65_HS1-834228961_62-HQ-83894_Serial_164
Agency: FBI
Page 70
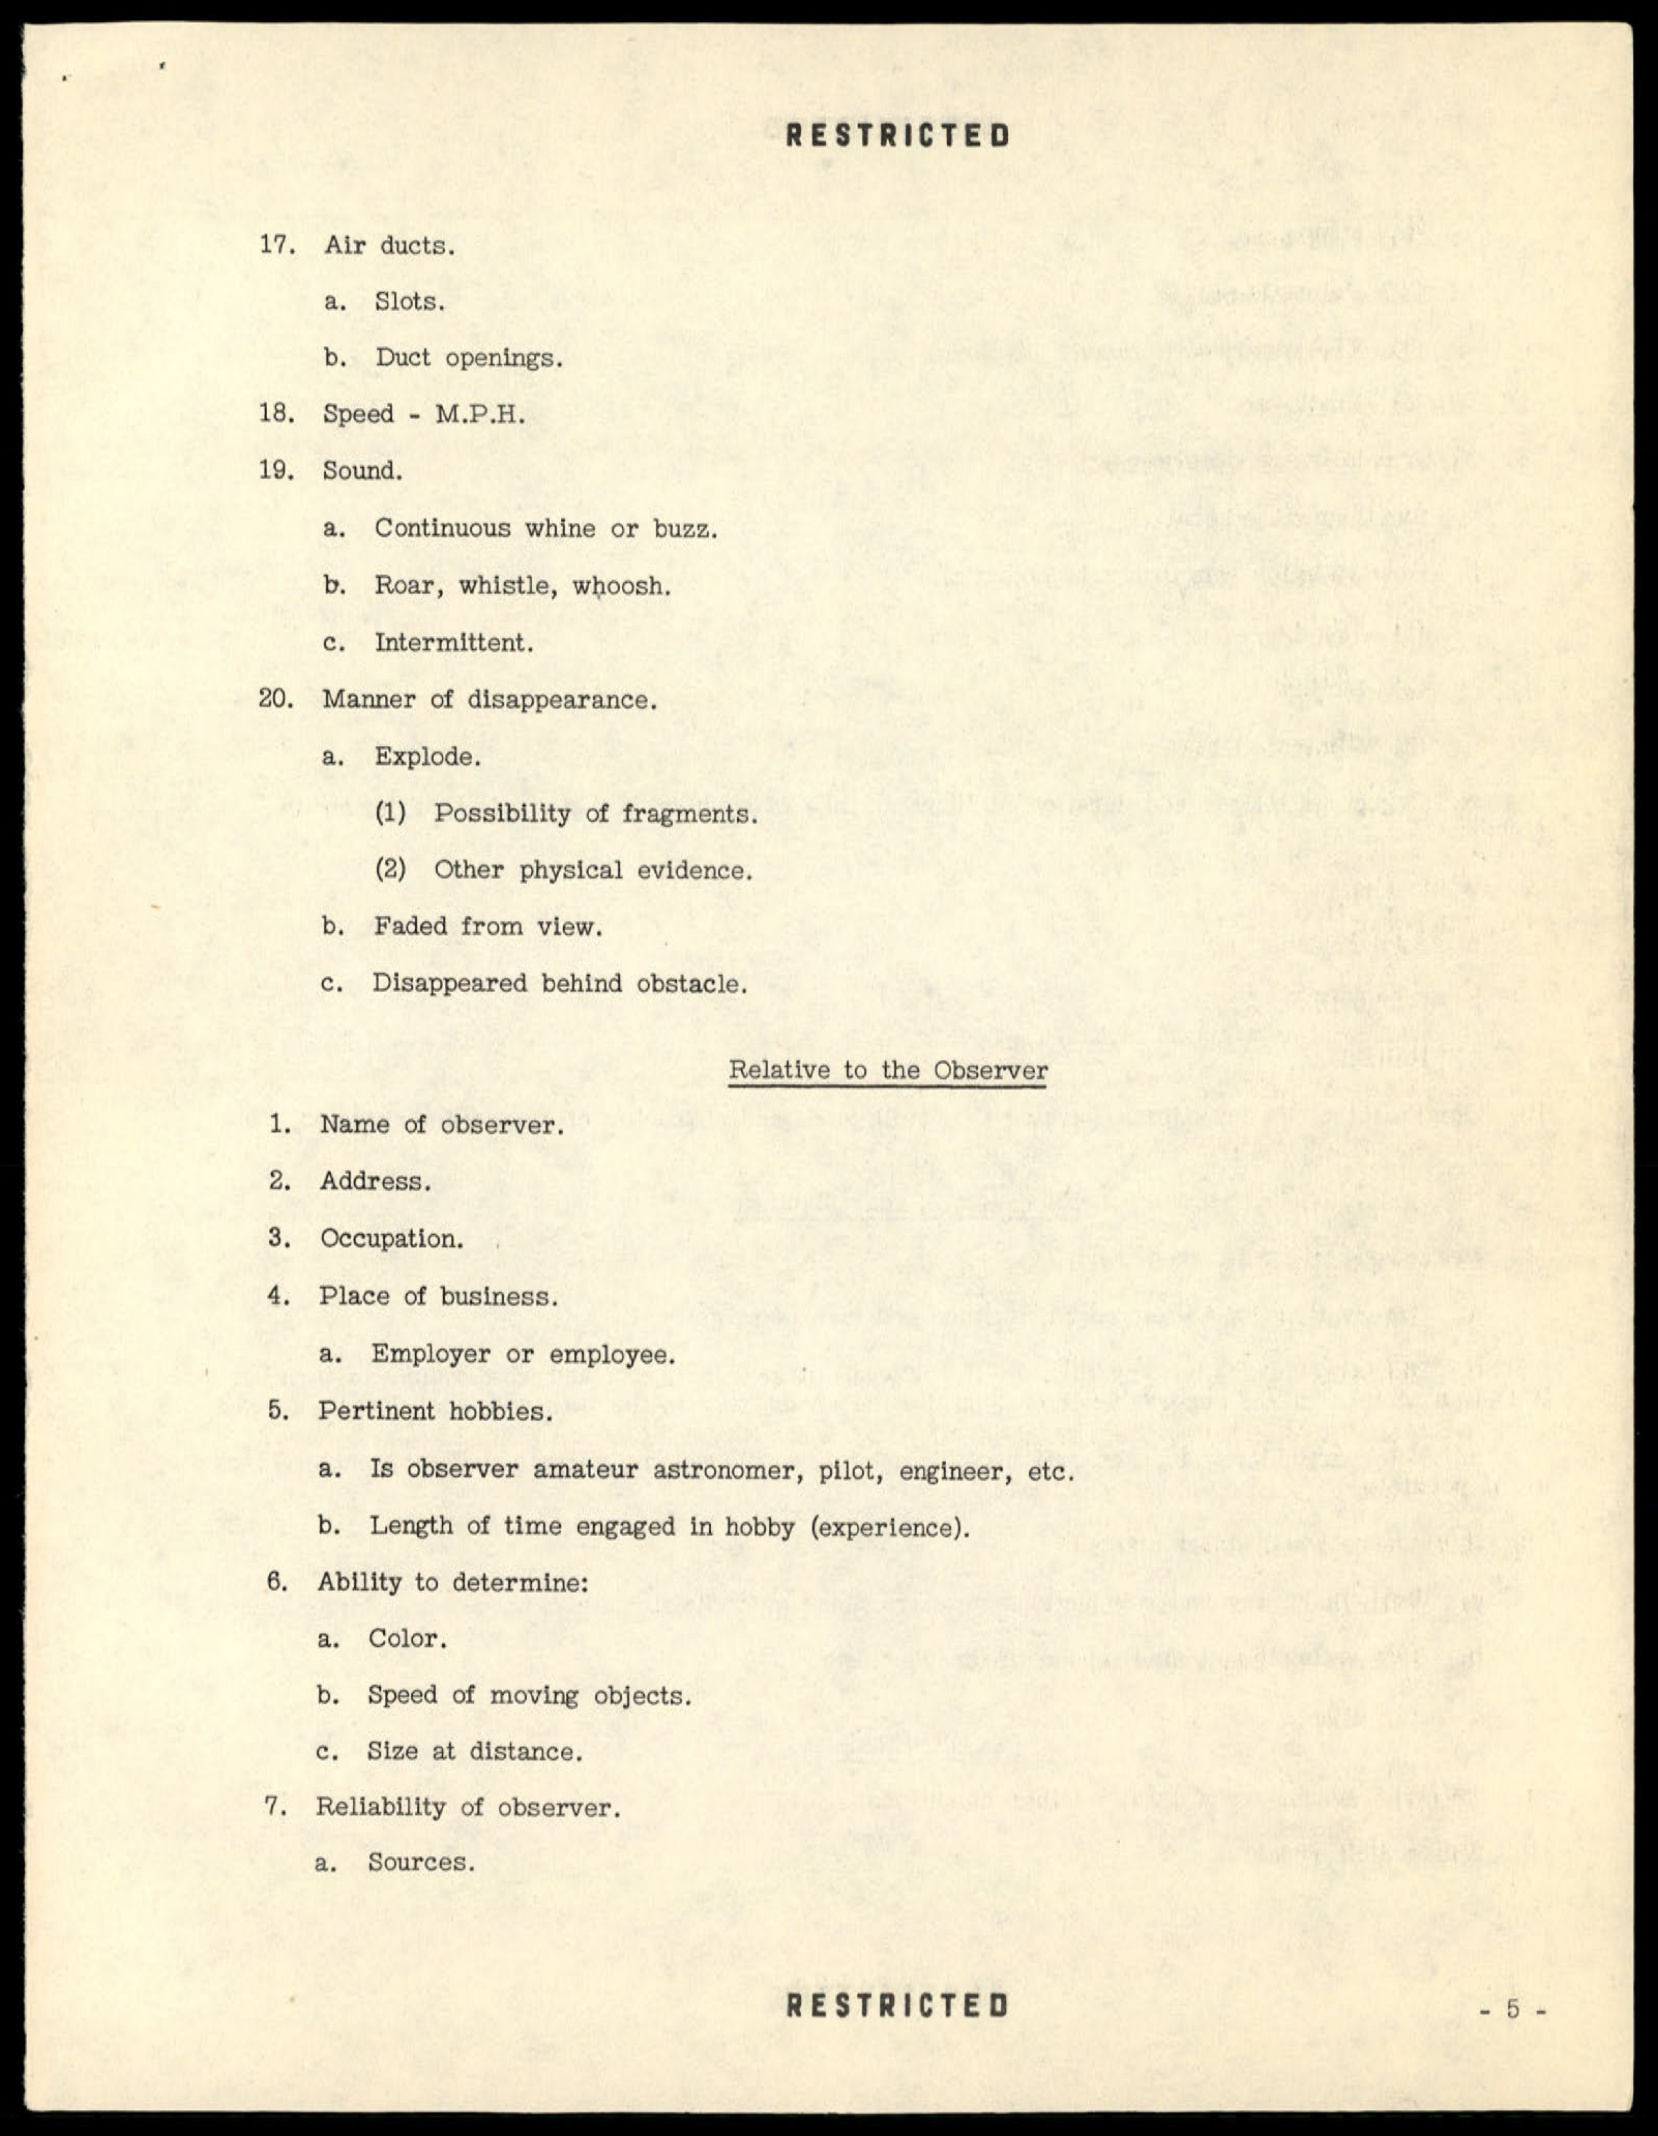